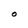
Character: O